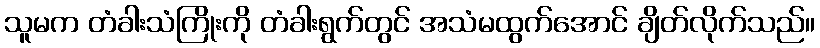
သူမက တံခါးသံကြိုးကို တံခါးရွက်တွင် အသံမထွက်အောင် ချိတ်လိုက်သည်။